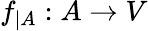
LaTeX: f_{|A}:A\to V